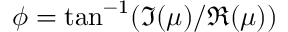
\phi = \tan ^ { - 1 } ( \Im ( \mu ) / \Re ( \mu ) )